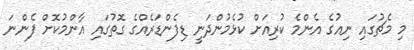
މި މެޗުގައި ނިއުގެ އެންމެ ކުރިއަށް ކުޅެމުންދަނީ ޑިފެންޑަރެއްގެ ގޮތުގައި އާންމުކޮށް ފެންނަ